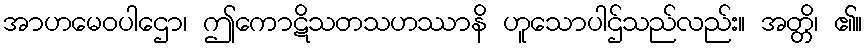
အာဟမေဝပါဌော၊ ဤကောဋိသတသဟဿာနိ ဟူသောပါဌ်သည်လည်း။ အတ္တိ၊ ၏။